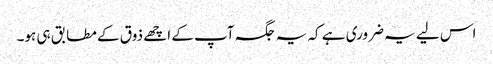
اس لیے یہ ضروری ہے کہ یہ جگہ آپ کے اچھے ذوق کے مطابق ہی ہو۔